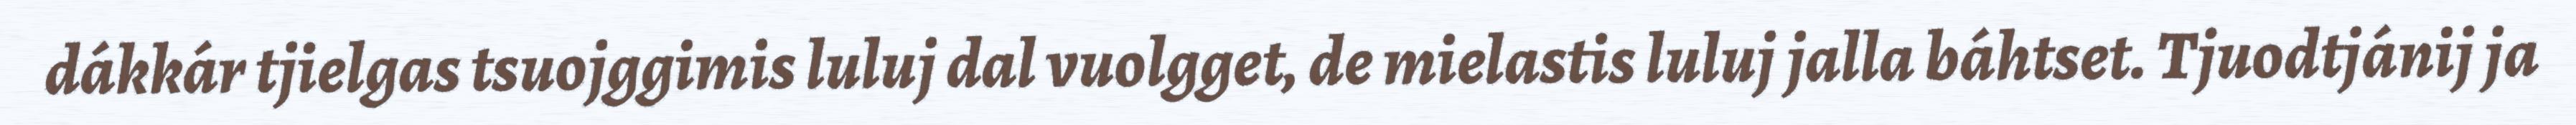
dákkár tjielgas tsuojggimis luluj dal vuolgget, de mielastis luluj jalla báhtset. Tjuodtjánij ja